Punjab Mental Hospital Lahore 1932-46 - 1932-1946
Year: 1932
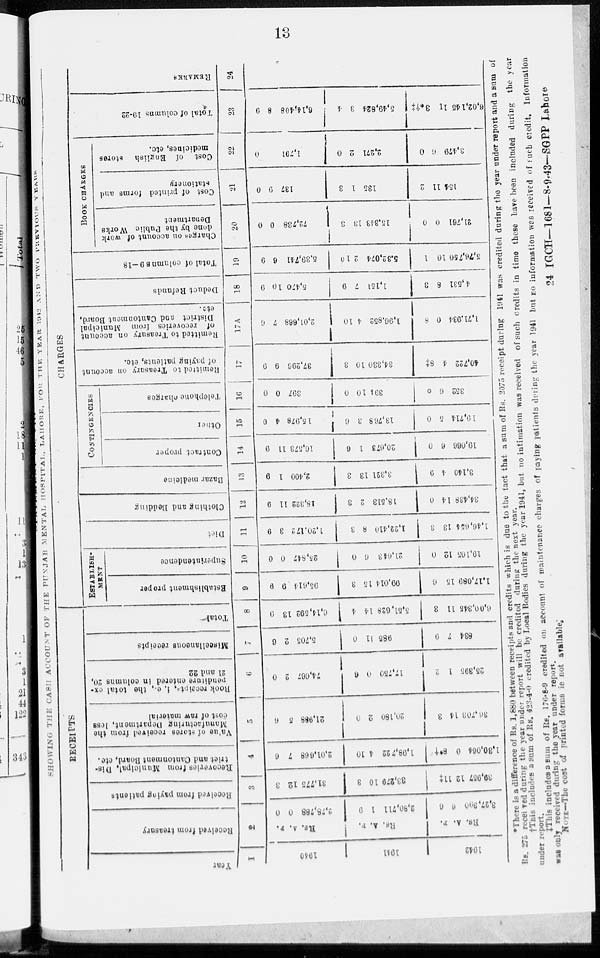
13
SHOWING THE CASH ACCOUNT OF THE PUNJAB MENTAL HOSPITAL, LAHORE, FOR THE YEAR 1942
AND TWO PREVIOUS YEARS
RECEIPTS
Year
1
1940
1941
1942
Received from treasury
2
P.
A.
Rs.
P.
A.
Rs.
P.
A.
Rs.
0
0
2,78,788
9
1
2,80,711
6
6
3,27,390
Received from paying patients
3
3
12
31,775
3
10
33,279
11‡
12
39,957
Recoveries
from Municipal, Dis-
trict and Cantonment Board, etc.
4
6
7
2,01,068
10
4
1,98,722
8*†
0
1,30,064
Value
of stores received from the
Manufacturing Department, less
cost of raw material
5
6
5
21,988
0
0
20,180
3
14
30,703
Book receipts, i. e., the total ex-
penditure entered in columns 20,
21 and 22
6
0
2
74,667
6
0
17,750
2
1
25,395
Miscellaneous receipts
7
6
2
5,705
0
11
985
9
7
834
Total
8
9
13
6,14,592
4
14
5,51,628
3
11
6,09,345
CHARGES
ESTABLISH-
----
Establishment proper
9
9
9
95,614
3
15
99,014
6
15
1,17,089
Superintendence
10
0
0
25,847
0
6
21,643
0
12
19,105
Diet
11
9
3
1,20,172
3
8
1,22,410
3
13
1,46,654
Clothing and Bedding
12
9
11
18,322
3
2
18,513
0
14
34,438
Bazar medicine
13
9
1
2,400
3
13
3,321
9
4
3,140
CONTINGENCIES
Contract proper
14
9
11
16,573
6
1
20,673
0
6
19,066
Other
15
0
4
15,978
6
3
13,708
0
5
19,714
Telephone charges
16
0
0
397
0
10
394
0
6
352
Remitted to Treasury on account
of paying patients, etc.
17
9
9
37,296
3
10
34,330
8‡
4
40,722
Remitted to Treasury on account
of recoveries from
Municipal
District and Cantonment Board,
etc.
17A
6
7
2,01,688
10
4
1,00,852
8
0
1,71,934
Deduct Refunds
18
9
10
5,470
9
7
1,151
3
8
4,531
Total of columns 9—18
19
9
6
5,39,741
10
2
5,32,074
1
10
5,76,750
BOOK CHARGES
Charges on account of work
done by the Public Works
Department
20
0
0
72,738
3
13
15,343
0
0
21,761
Cost of printed forms and
stationery
21
0
9
137
3
1
135
2
11
154
Cost of English
stores
medicines, etc.
22
0
1,791
0
2
2,271
0
6
3,479
Total of columns 19-22
23
9
8
6,14,408
4
3
5,49,824
3*†‡
11
6,02,145
REMARKS
24
*There is a difference of Rs 1,880 between receipts and credits which is due to the tact that a sum of Rs. 2075 receipt during 1941 was credited during the year under report and a sum of
Rs. 275 received during the year under report will be credited during the next year.
†This includes a sum of Rs. 423-4-0 credited by Local Bodies during the year 1941, but no intimation was received of such credits in time these hate been included during the year
under the report.
‡This
includes a sum of Rs. 176-8-9 credited on account of maintenance charges of paying patients during the year 1941 but no information was received of such credit. Information
was only received during the year under report.
NOTE—The cost of printed forms ie not
available.
24 IGCH—1681—8-9-43—SGPP Lahore